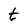
Character: t